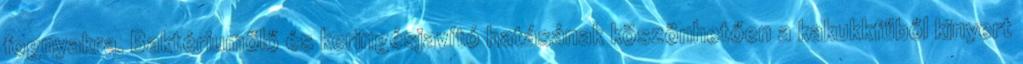
fognyakra. Baktériumölő és keringésjavító hatásának köszönhetően a kakukkfűből kinyert